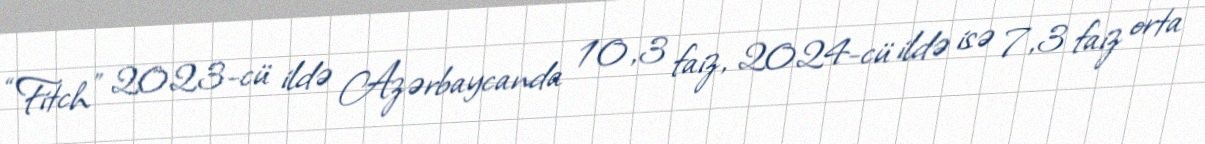
“Fitch” 2023-cü ildə Azərbaycanda 10,3 faiz, 2024-cü ildə isə 7,3 faiz orta